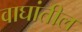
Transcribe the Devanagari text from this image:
वाघांतील